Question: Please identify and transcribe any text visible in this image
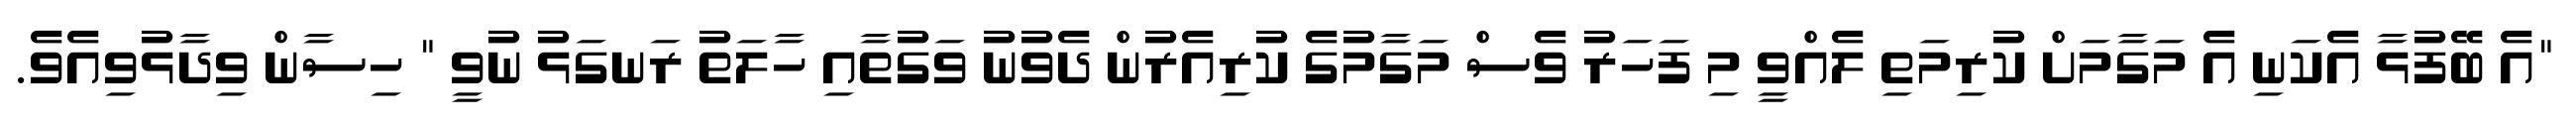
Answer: "އެ ބޭފުޅާ އެކަނި އެ މަގާމަށް ކުރިމަތި ލެއްވީ މި ފަހަރު ވެސް މަގާމުގެ ކުރިއެރުން ދެވުނު ވަގުތާއި ހާލަތު ރަނގަޅު ނުވީ " ހިސާން ވިދާޅުވިއެވެ.